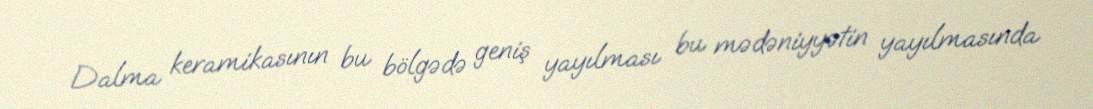
Dalma keramikasının bu bölgədə geniş yayılması bu mədəniyyətin yayılmasında